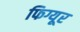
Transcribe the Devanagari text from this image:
फिग्यूर